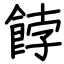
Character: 餑